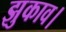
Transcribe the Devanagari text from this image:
झुकाव।